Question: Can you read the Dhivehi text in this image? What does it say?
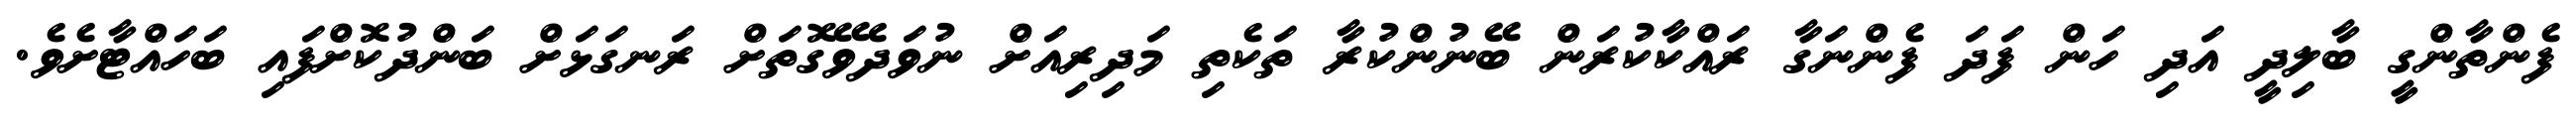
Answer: ފެންތާންގީ ބާލިދީ އަދި ހަން ފަދަ ފެންނަގާ ރައްކާކުރަން ބޭނުންކުރާ ތަކެތި މަދިރިއަށް ނުވަދެވޭގޮތަށް ރަނގަޅަށް ބަންދުކޮށްފައި ބަހައްޓާށެވެ.